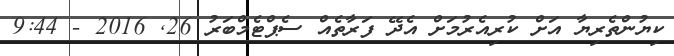
ކިޔުންތެރިޔާ އަށް ކުރިއެރުމަށް އެދޭ ފަރާތެއް ސެޕްޓެމްބަރު 26